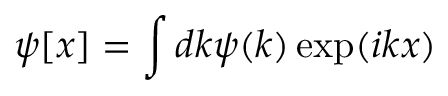
\psi [ x ] = \int d k \psi ( k ) \exp ( i k x )